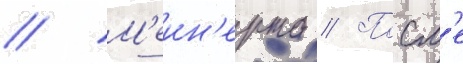
// М'еин'ерта // Посл'е